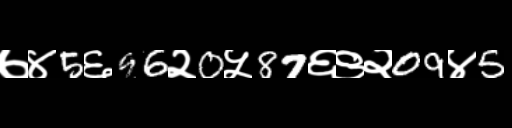
Text: ७४5६96२0५87६९२09४5